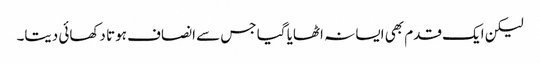
لیکن ایک قدم بھی ایسا نہ اٹھایا گیا جس سے انصاف ہوتا دکھائی دیتا۔